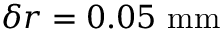
\delta r = 0 . 0 5 ~ \mathrm { m m }